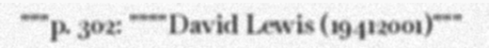
"""p. 302: """"David Lewis (19412001)"""